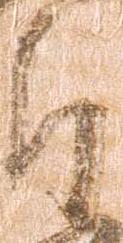
郎